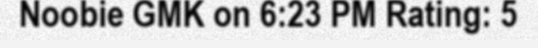
Noobie GMK on 6:23 PM Rating: 5